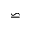
\backsimeq